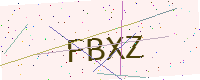
Text: FBXZ